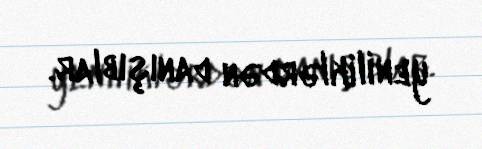
yeniliklərdən danışıblar.